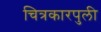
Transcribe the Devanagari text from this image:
चित्रकारपुली